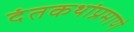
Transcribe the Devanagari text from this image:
दंतकथांप्रमाणे